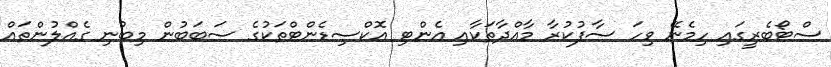
ސްޓޯބެރީގައި ހިމެނޭ ވިހަ ސާފުކުރާ މާއްދާތަކާއި އެންޓި އޮކްސިޑެންޓްތަކުގެ ސަބަބުން މިބުނި ގެއްލުންތައް